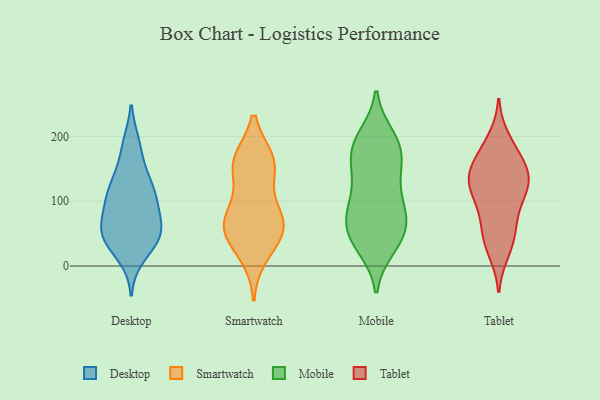
{"axis": {"x": "Energy Usage (MWh)", "y": "Value"}, "legend": ["Desktop", "Mobile", "Smartwatch", "Tablet"], "data": [{"x": "", "y": 70, "type": "Desktop"}, {"x": "", "y": 52, "type": "Desktop"}, {"x": "", "y": 16, "type": "Desktop"}, {"x": "", "y": 53, "type": "Desktop"}, {"x": "", "y": 127, "type": "Desktop"}, {"x": "", "y": 44, "type": "Desktop"}, {"x": "", "y": 99, "type": "Desktop"}, {"x": "", "y": 99, "type": "Desktop"}, {"x": "", "y": 41, "type": "Desktop"}, {"x": "", "y": 57, "type": "Desktop"}, {"x": "", "y": 186, "type": "Desktop"}, {"x": "", "y": 182, "type": "Desktop"}, {"x": "", "y": 132, "type": "Desktop"}, {"x": "", "y": 122, "type": "Desktop"}, {"x": "", "y": 103, "type": "Desktop"}, {"x": "", "y": 44, "type": "Desktop"}, {"x": "", "y": 68, "type": "Smartwatch"}, {"x": "", "y": 160, "type": "Smartwatch"}, {"x": "", "y": 150, "type": "Smartwatch"}, {"x": "", "y": 67, "type": "Smartwatch"}, {"x": "", "y": 17, "type": "Smartwatch"}, {"x": "", "y": 92, "type": "Smartwatch"}, {"x": "", "y": 162, "type": "Smartwatch"}, {"x": "", "y": 161, "type": "Smartwatch"}, {"x": "", "y": 61, "type": "Smartwatch"}, {"x": "", "y": 55, "type": "Smartwatch"}, {"x": "", "y": 49, "type": "Smartwatch"}, {"x": "", "y": 107, "type": "Mobile"}, {"x": "", "y": 61, "type": "Mobile"}, {"x": "", "y": 67, "type": "Mobile"}, {"x": "", "y": 173, "type": "Mobile"}, {"x": "", "y": 188, "type": "Mobile"}, {"x": "", "y": 163, "type": "Mobile"}, {"x": "", "y": 44, "type": "Mobile"}, {"x": "", "y": 81, "type": "Mobile"}, {"x": "", "y": 29, "type": "Mobile"}, {"x": "", "y": 43, "type": "Mobile"}, {"x": "", "y": 95, "type": "Mobile"}, {"x": "", "y": 30, "type": "Mobile"}, {"x": "", "y": 197, "type": "Mobile"}, {"x": "", "y": 186, "type": "Mobile"}, {"x": "", "y": 148, "type": "Mobile"}, {"x": "", "y": 200, "type": "Mobile"}, {"x": "", "y": 124, "type": "Mobile"}, {"x": "", "y": 151, "type": "Mobile"}, {"x": "", "y": 85, "type": "Mobile"}, {"x": "", "y": 64, "type": "Mobile"}, {"x": "", "y": 87, "type": "Tablet"}, {"x": "", "y": 36, "type": "Tablet"}, {"x": "", "y": 176, "type": "Tablet"}, {"x": "", "y": 124, "type": "Tablet"}, {"x": "", "y": 48, "type": "Tablet"}, {"x": "", "y": 139, "type": "Tablet"}, {"x": "", "y": 95, "type": "Tablet"}, {"x": "", "y": 146, "type": "Tablet"}, {"x": "", "y": 146, "type": "Tablet"}, {"x": "", "y": 131, "type": "Tablet"}, {"x": "", "y": 195, "type": "Tablet"}, {"x": "", "y": 23, "type": "Tablet"}, {"x": "", "y": 60, "type": "Tablet"}, {"x": "", "y": 116, "type": "Tablet"}, {"x": "", "y": 131, "type": "Tablet"}, {"x": "", "y": 173, "type": "Tablet"}]}